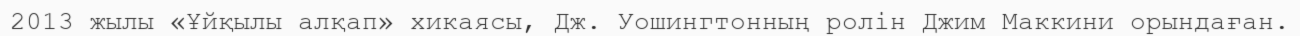
2013 жылы «Ұйқылы алқап» хикаясы, Дж. Уошингтонның ролін Джим Маккини орындаған.